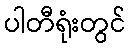
ပါတီရုံးတွင်